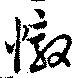
憝